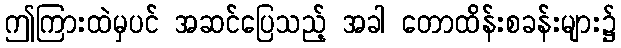
ဤကြားထဲမှပင် အဆင်ပြေသည့် အခါ တောထိန်းစခန်းများ၌